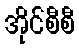
အိုင်စီစီ